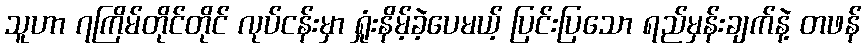
သူဟာ ၇ကြိမ်တိုင်တိုင် လုပ်ငန်းမှာ ရှုံးနိမ့်ခဲ့ပေမယ့် ပြင်းပြသော ရည်မှန်းချက်နဲ့ တဖန်